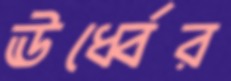
ঊর্ধ্বের